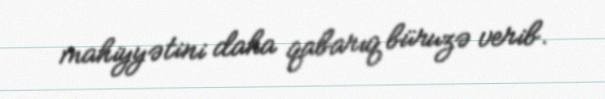
mahiyyətini daha qabarıq büruzə verib.